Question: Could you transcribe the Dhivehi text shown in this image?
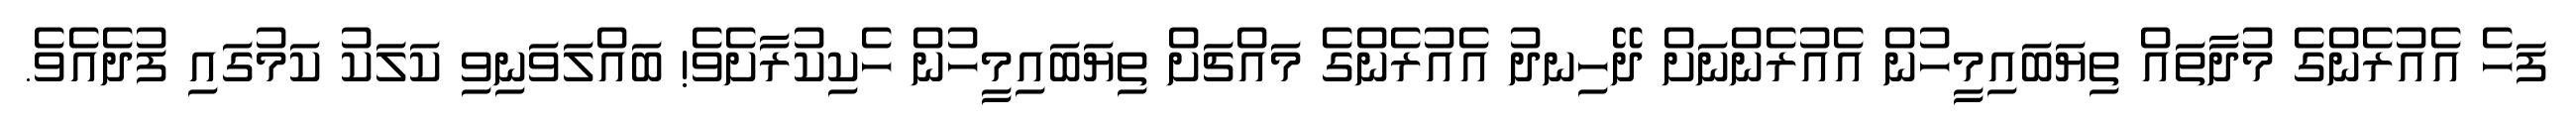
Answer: ފަހެ އެއުރެންގެ މުދާތައް ތިޔަބައިމީހުން އެއުރެންނަށް ދޭހިނދު އެއުރެންގެ މައްޗަށް ތިޔަބައިމީހުން ހެކިކުރާށެވެ! ބައްލަވަނިވި ކަލަކު ކަމުގައި ފުދެއެވެ.